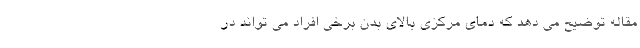
مقاله توضیح می دهد که دمای مرکزی بالای بدن برخی افراد می تواند در